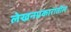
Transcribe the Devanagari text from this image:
लेखनप्रकारांतील